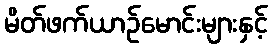
မိတ်ဖက်ယာဉ်မောင်းများနှင့်